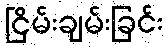
ငြိမ်းချမ်းခြင်း